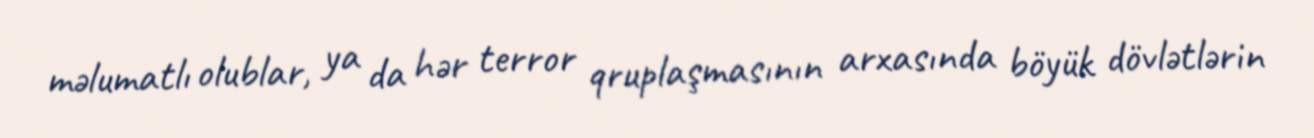
məlumatlı olublar, ya da hər terror qruplaşmasının arxasında böyük dövlətlərin